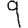
Digit: 9